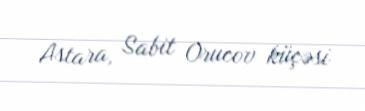
Astara, Sabit Orucov küçəsi